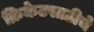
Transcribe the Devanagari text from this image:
क्रिकेटसाठीचे